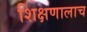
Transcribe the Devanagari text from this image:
शिक्षणालाच